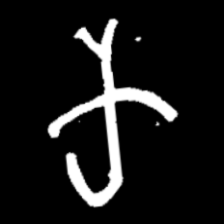
Pyu character \u2014 Myanmar letter: က (romanized: ka)